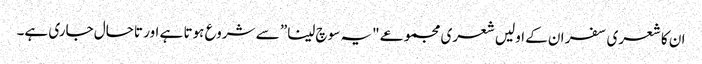
ان کا شعری سفر ان کے اولیں شعری مجموعے "یہ سوچ لینا” سے شروع ہوتا ہے اور تاحال جاری ہے۔